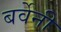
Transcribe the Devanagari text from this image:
बर्वेनी